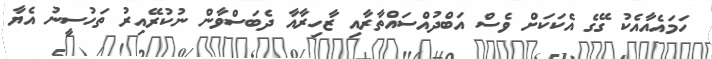
ހަމައެއާއެކު ގޭގެ އެކަކަށް ވެސް އަބްދުއްސައްތާރާއި ޒާހިރާއާ ދެބަސްވާން ނުކުރޭއިރު ތަހުސީނު އެޔާ